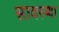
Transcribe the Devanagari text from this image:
सावरय्या